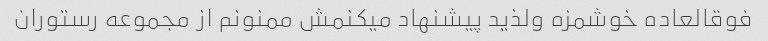
فوقالعاده خوشمزه ولذید پیشنهاد میکنمش ممنونم از مجموعه رستوران